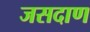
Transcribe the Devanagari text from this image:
जसदाण